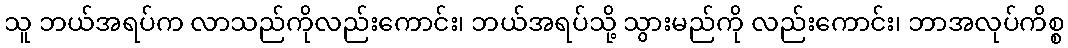
သူ ဘယ်အရပ်က လာသည်ကိုလည်းကောင်း၊ ဘယ်အရပ်သို့ သွားမည်ကို လည်းကောင်း၊ ဘာအလုပ်ကိစ္စ